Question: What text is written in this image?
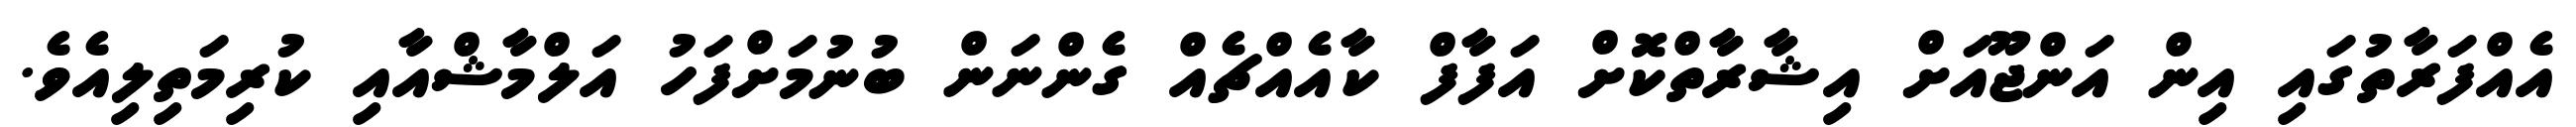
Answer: އެއްފަރާތުގައި އިން އަންޖޫއަށް އިޝާރާތްކޮށް އަފާފް ކާއެއްޗެއް ގެންނަން ބުނުމަށްފަހު އަލްމާޝްއާއި ކުރިމަތިލިއެވެ.